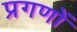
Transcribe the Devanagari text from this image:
प्रगणों